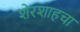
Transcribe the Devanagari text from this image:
शेरशाहचा